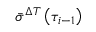
\bar { \sigma } ^ { \Delta T } \left( \tau _ { i - 1 } \right)